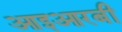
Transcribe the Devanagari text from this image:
आइआरबी